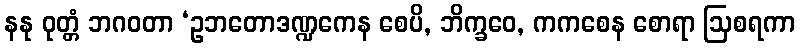
နနု ဝုတ္တံ ဘဂဝတာ ‘ဥဘတောဒဏ္ဍကေန စေပိ, ဘိက္ခဝေ, ကကစေန စောရာ ဩစရကာ